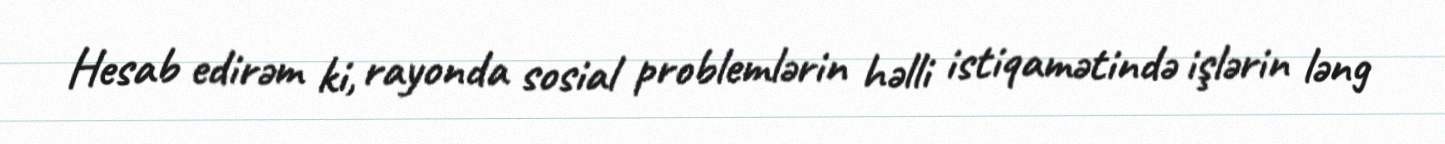
Hesab edirəm ki, rayonda sosial problemlərin həlli istiqamətində işlərin ləng